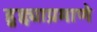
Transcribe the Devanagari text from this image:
हुद्द्याप्रमाणे